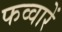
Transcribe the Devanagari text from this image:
फव्वारें